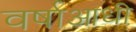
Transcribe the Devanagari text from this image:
वर्षाआधी